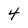
Character: 4